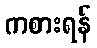
ကစားရန်